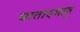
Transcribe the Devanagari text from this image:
धातादधातु